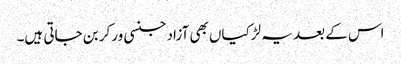
اس کے بعد یہ لڑکیاں بھی آزاد جنسی ورکر بن جاتی ہیں۔